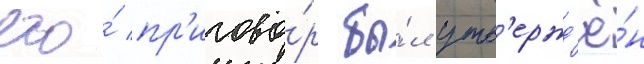
его́ пр'игово́р бы́л утв'ержд'ё́н